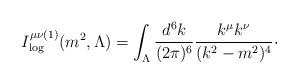
LaTeX: \begin{align*}I_{\log }^{\mu \nu (1)}(m^{2},\Lambda )=\int_{\Lambda }\frac{d^{6}k}{(2\pi)^{6}}\frac{k^{\mu }k^{\nu }}{(k^{2}-m^{2})^{4}}\cdot \end{align*}